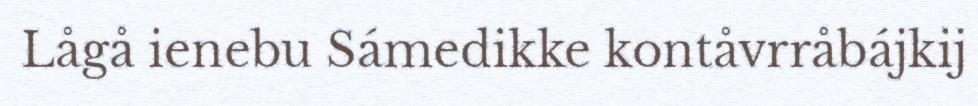
Lågå ienebu Sámedikke kontåvrråbájkij